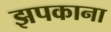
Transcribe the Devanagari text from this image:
झपकाना